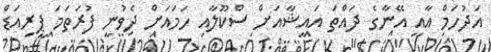
އަދުހަމް އާއި އޭނާގެ ދައްތަ އައިޝާއަށް ސްކޫލާއި ހަމައަށް ދެވުނީ ފުރަތަމަ ޕީރިއަޑް